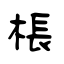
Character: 棖